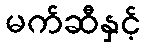
မက်ဆီနှင့်